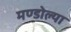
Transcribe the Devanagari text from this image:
मण्डोल्या